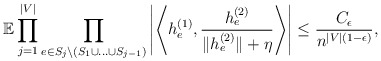
\begin{align*}\mathbb{E}\prod_{j=1}^{|V|}\prod_{e\in S_{j}\backslash(S_{1}\cup\ldots\cup S_{j-1})}\left|\left\langle h_{e}^{(1)},\frac{h_{e}^{(2)}}{\|h_{e}^{(2)}\|+\eta}\right\rangle\right|\leq\frac{C_{\epsilon}}{n^{|V|(1-\epsilon)}},\end{align*}